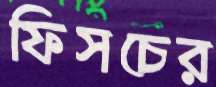
ফিসচের